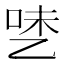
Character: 𰁅